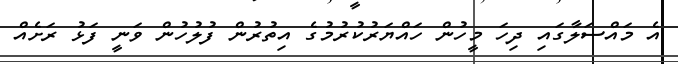
އެ މައްސަލާގައި ދިހަ މީހުން ހައްޔަރުކުރުމުގެ އިތުރުން ފުލުހުން ވަނީ ފަޅު ރަށެއް